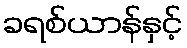
ခရစ်ယာန်နှင့်